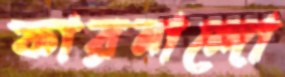
ফারনান্দো